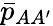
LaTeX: \bar{p}_{AA^{\prime}}